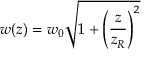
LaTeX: w ( z ) = w _ { 0 } { \sqrt { 1 + \left( { \frac { z } { z _ { R } } } \right) ^ { 2 } } }